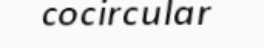
cocircular